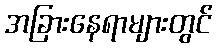
အခြားနေရာများတွင်